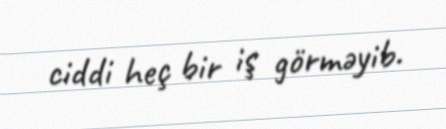
ciddi heç bir iş görməyib.